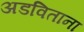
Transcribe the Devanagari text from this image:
अडविताना